Vaccination in Bombay 1924-1928 - 1924-1928
Year: 1924
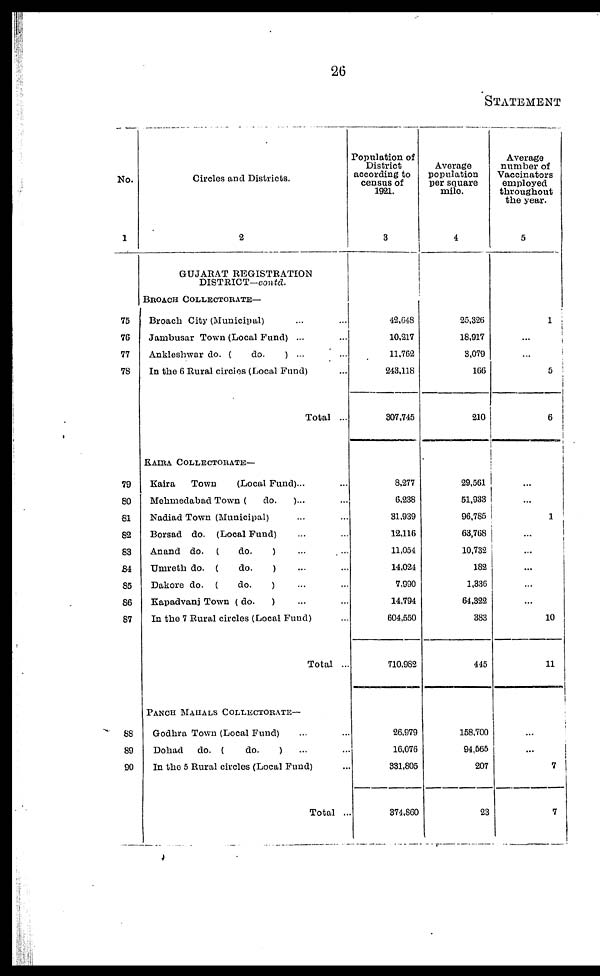
26
STATEMENT
No.
1
75
76
77
78
79
80
81
82
83
84
85
86
87
88
89
90
Circles and Districts.
2
GUJARAT REGISTRATION
DISTRICT-contd.
BROACH COLLECTORATE—
Broach City (Municipal) ... ...
Jambusar Town (Local Fund) ... ...
Ankleshwar do. (
do.
) ... ...
In the 6 Rural circles (Local Fund) ...
Total ...
KAIRA COLLECTORATE—
Kaira
Town
(Local Fund)... ...
Mehmedabad Town (
do.
)... ...
Nadiad Town (Municipal) ... ...
Borsad do. (Local Fund) ... ...
Anand do. (
do.
) ... ...
Umreth do. (
do.
) ... ...
Dakore do. (
do.
) ... ...
Kapadvanj Town ( do.
) ... ...
In the 7 Rural circles (Local Fund) ...
Total ...
PANCH MAHALS COLLECTORATE—
Godhra Town (Local Fund) ... ...
Dohad
do. (
do.
) ... ...
In the 5 Rural circles (Local Fund) ...
Total ...
Population of
District
according to
census of
1921.
3
42,648
10,217
11,762
243,118
307,745
8,277
6,238
31,939
12,116
11,054
14,024
7,990
14,794
604,550
710,982
26,979
16,076
331,805
374,860
Average
population
per square
mile.
4
25,326
18,917
3,079
166
210
29,561
51,933
96,785
63,768
10,732
182
1,336
64,322
383
445
158,700
94,565
207
23
Average
number of
Vaccinators
employed
throughout
the year.
5
1
...
...
5
6
...
...
1
...
...
...
...
...
10
11
...
...
7
7